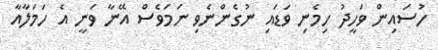
ހުސައިން ވަހީދު ހިމެނި ވަޑައި ނުގެންނެވި ނަމަވެސް އޭނާ ވަނީ އެ ހަމަލާއާ